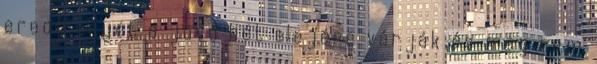
eredményét a jövő hét elejére várják és még nem